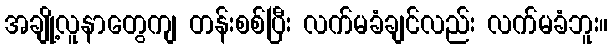
အချို့လူနာတွေကျ တန်းစစ်ပြီး လက်မခံချင်လည်း လက်မခံဘူး။